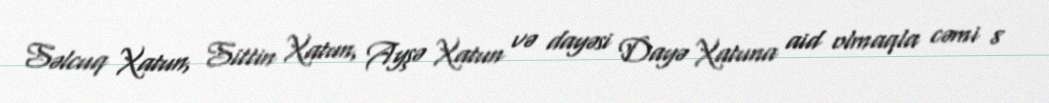
Səlcuq Xatun, Sittin Xatun, Ayşə Xatun və dayəsi Dayə Xatuna aid olmaqla cəmi 8